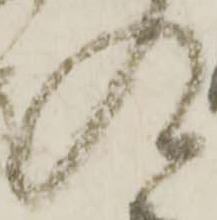
入